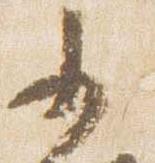
少